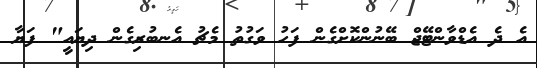
އެ ދެ އެޑްވާންޓޭޖް ބޭނުންކޮށްގެން ފަހު ވަގުތު މެޗު އެނބުރިގެން ދިޔައީ" ފަޔާ